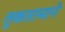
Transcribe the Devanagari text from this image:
तुकारामाने